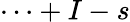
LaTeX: \cdots+I-s